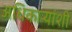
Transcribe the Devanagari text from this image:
अधिकार्‍यांशी